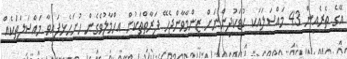
އޭގެ ތެރެއިން 43 މައްސަލައަކީ ކުޑަކުދިންނަށް ޒިންމާވާންޖެހޭ ފަރާތްތަކުން އިހްމާލުވެގެން ހުށަހެޅިފައިވާ މައްސަލަތަކެއް